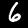
Digit: 6